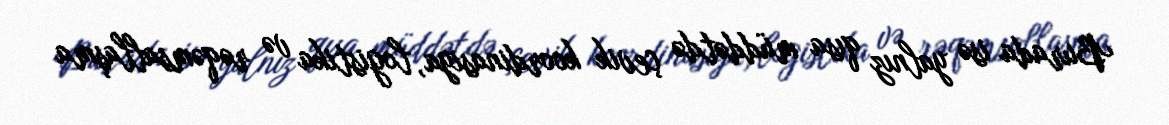
Burada isə yalnız qısa müddətdə çevik koordinasiya, logistika və rəqəmsallaşma